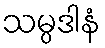
သမ္ပဒါနံ